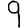
Digit: 9